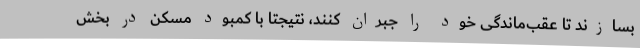
بسازند تا عقب‌ماندگی خود را جبران کنند، نتیجتا با کمبود مسکن در بخش